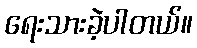
ရေးသားခဲ့ပါတယ်။